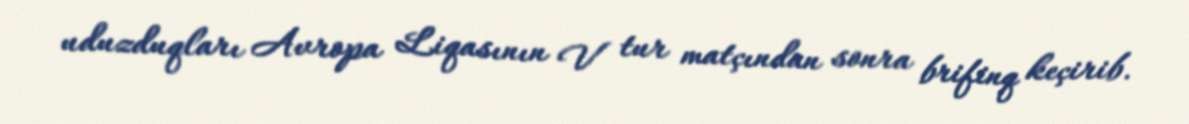
uduzduqları Avropa Liqasının V tur matçından sonra brifinq keçirib.